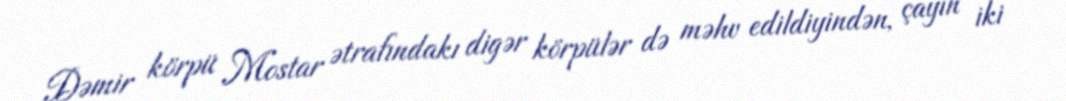
Dəmir körpü Mostar ətrafındakı digər körpülər də məhv edildiyindən, çayın iki